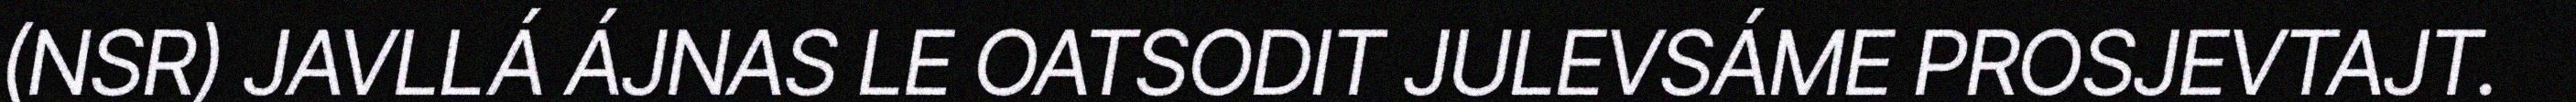
(NSR) JAVLLÁ ÁJNAS LE OATSODIT JULEVSÁME PROSJEVTAJT.